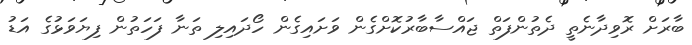
ބާރަށް ރޮވިދާނެތީ ދެތުންފަތް ޖައްސާބާރުކޮށްގެން ވަށައިގެން ހޯދައިލި ތަނާ ފަހަތުން ފިޔަވަޅުގެ އަޑު